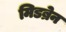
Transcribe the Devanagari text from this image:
मिडब्रेन